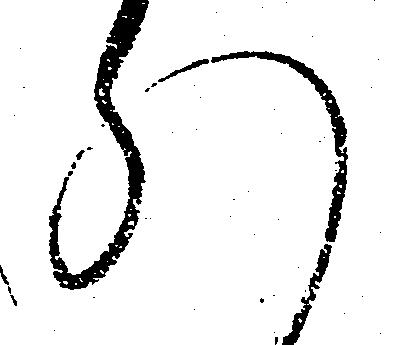
れ